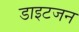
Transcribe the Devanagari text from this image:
डाइटजन